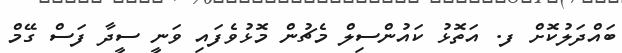
ބައްދަލުކޮށް ފ. އަތޮޅު ކައުންސިލް މެޗުން މޮޅުވެފައި ވަނީ ސީދާ ފަސް ގޭމް